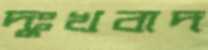
দুঃখবাদ